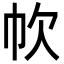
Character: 𢁧